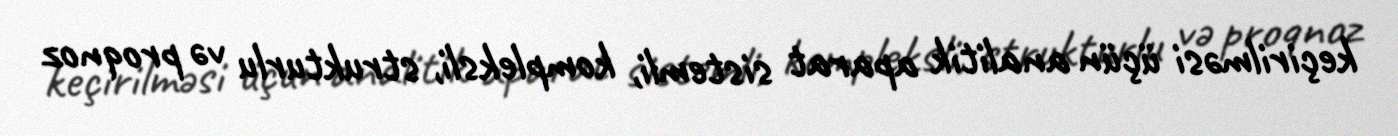
keçirilməsi üçün analitik aparat sistemli, kompleksli, strukturlu və proqnoz